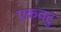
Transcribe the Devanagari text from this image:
एकवटु